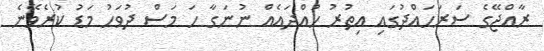
ރާއްޖޭގެ ސަރަހައްދުގައި އިތުރު ހުއްދައެއް ނުނަގާ ހަ މަސް ދުވަހު މަޑު ކުރެވޭނެ